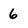
Character: 6